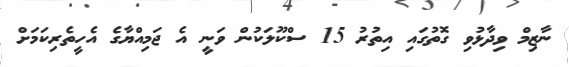
ނާޒިމް ވިދާޅުވި ގޮތުގައި އިތުރު 15 ސްކޫލަކުން ވަނީ އެ ޖަމިއްޔާގެ އެހީތެރިކަމަށް